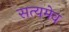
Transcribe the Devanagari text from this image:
सत्‍यमेव